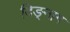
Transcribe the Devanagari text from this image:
दिङ्‌नाग